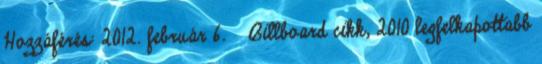
Hozzáférés: 2012. február 6. ↑ Billboard cikk, 2010 legfelkapottabb